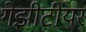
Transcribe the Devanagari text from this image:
गेझीटीयर